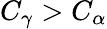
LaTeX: C_{\gamma}>C_{\alpha}